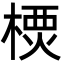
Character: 樮